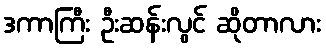
ဒကာကြီး ဦးဆန်းလွင် ဆိုတာလား